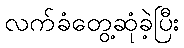
လက်ခံတွေ့ဆုံခဲ့ပြီး